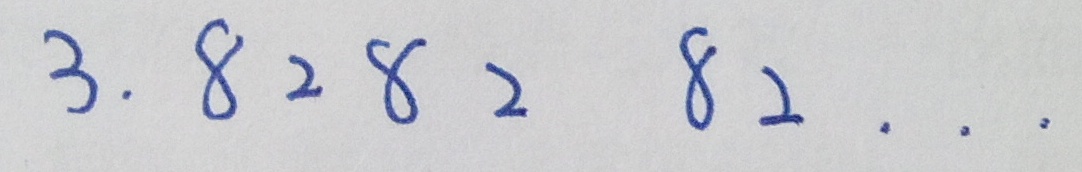
3 . 8 2 8 2 8 2 \cdots